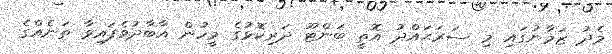
މެދު ޒަމާނުގައި މި ސަރަޙައްދު އޮތީ ބަންޓޫ ދަރިކޮޅުގެ މީހުން އާބާދުވެފައިވާ ތަނެއްގެ